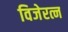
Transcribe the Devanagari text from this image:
विजेरत्न